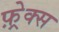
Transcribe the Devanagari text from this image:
फ़्रेक्स